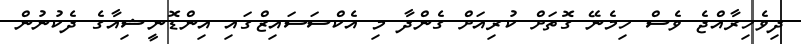
ދިވެހިރާއްޖެ ވެސް ހިމެނޭ ގޮތަށް ކުރިއަށް ގެންދާ މި އެކްސަސައިޒްގައި އިންޑޮނީޝިއާގެ ދެކުނުން